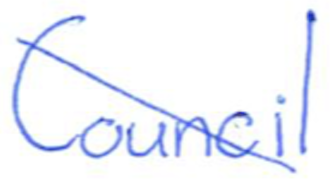
Text: Council
Cross-out: mix
Writing tool: ballpoint